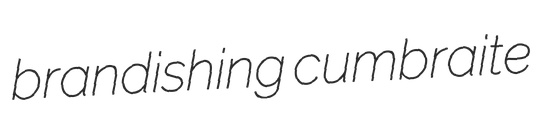
brandishing cumbraite